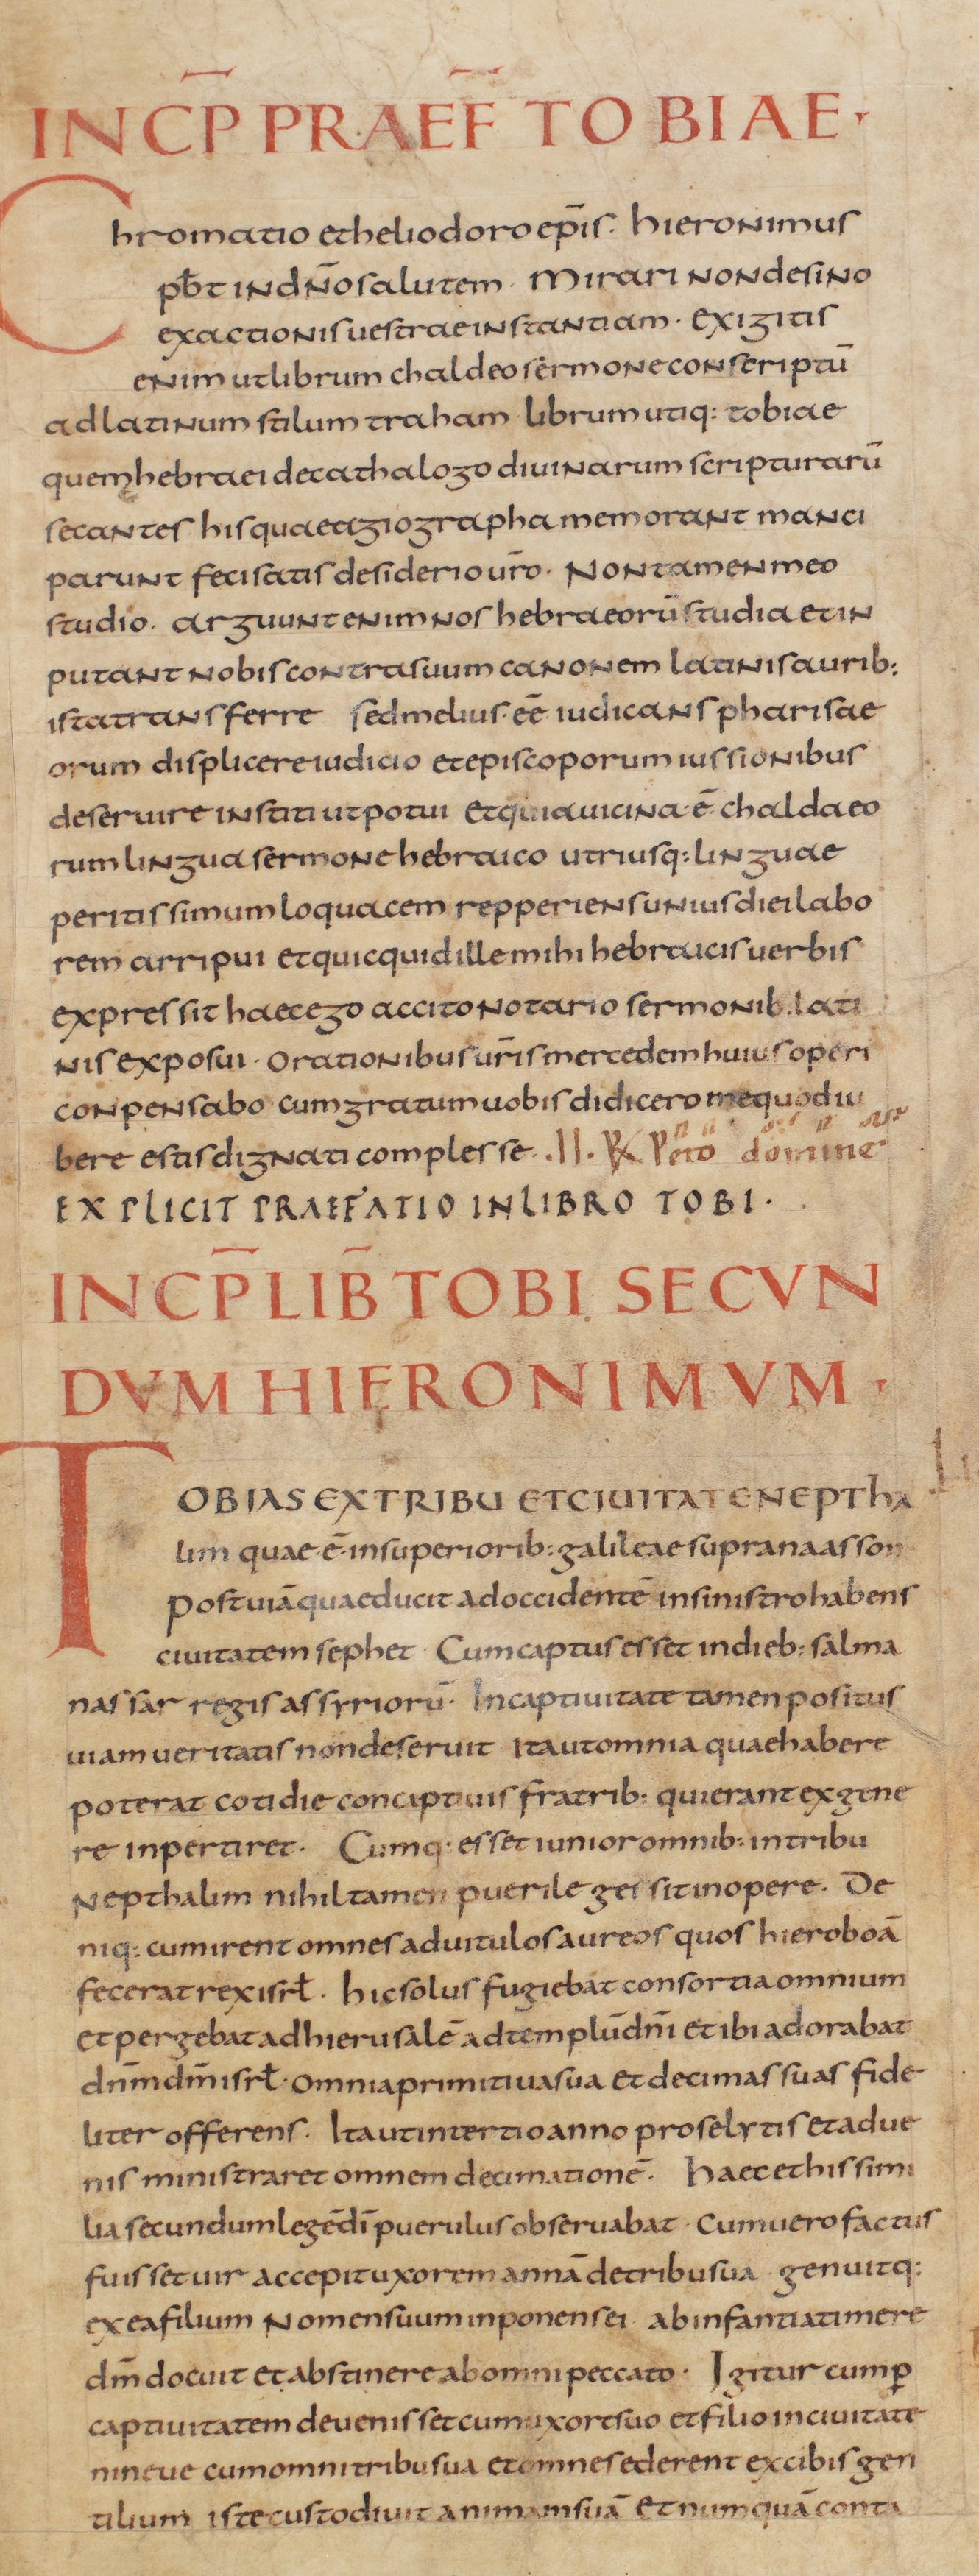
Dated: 805–845